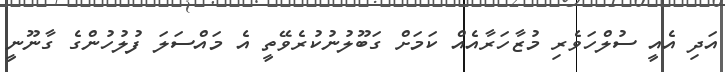
އަދި އެއީ ސުލްހަވެރި މުޒާހަރާއެއް ކަމަށް ގަބޫލުނުކުރެވޭތީ އެ މައްސަލަ ފުލުހުންގެ ގާނޫނީ